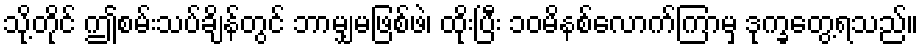
သို့တိုင် ဤစမ်းသပ်ချိန်တွင် ဘာမျှမဖြစ်ဖဲ၊ ထိုးပြီး ၁၀မိနစ်လောက်ကြာမှ ဒုက္ခတွေ့ရသည်။